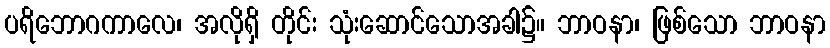
ပရိဘောဂကာလေ၊ အလိုရှိ တိုင်း သုံးဆောင်သောအခါ၌။ ဘာဝနာ၊ ဖြစ်သော ဘာဝနာ